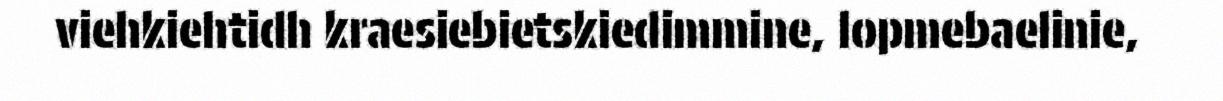
viehkiehtidh kraesiebietskiedimmine, lopmebaelinie,